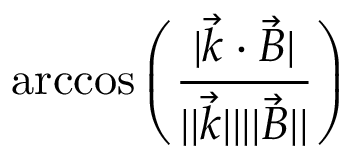
\operatorname { a r c c o s } { \left( \frac { | \Vec { k } \cdot \Vec { B } | } { | | \Vec { k } | | | | \Vec { B } | | } \right) }